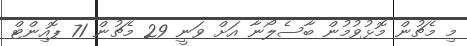
މި މެޗުން މޮޅުވުމުން ބާސެލޯނާ އަށް ވަނީ 29 މެޗުން 71 ޕޮއިންޓް